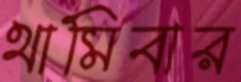
থামিবার